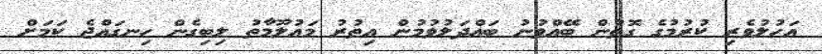
އަހުލުވެރި ކުރުމުގެ ގޮތުން ބޭއްވުނު ބައްދަލުވުމުން އިތުރު މަޢުލޫމާތު ލިބިގެން ހިނގައްޖެ ކަމަށް